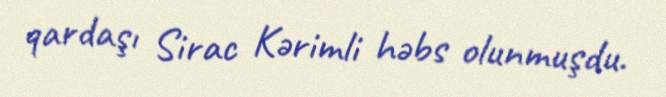
qardaşı Sirac Kərimli həbs olunmuşdu.